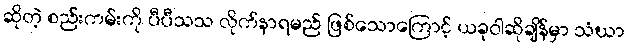
ဆိုတဲ့ စည်းကမ်းကို ပီပီသသ လိုက်နာရမည် ဖြစ်သောကြောင့် ယခုဝါဆိုချိန်မှာ သံဃာ